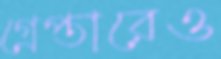
গ্রেপ্তারেও